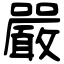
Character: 嚴